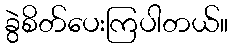
ခွဲစိတ်ပေးကြပါတယ်။